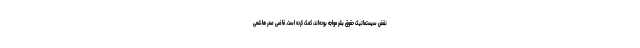
نقض سیستماتیک حقوق بشر مواجه بوده‌اند، کمک کرده است. قاضی صدر هاشمی